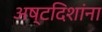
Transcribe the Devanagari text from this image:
अष्टदिशांना